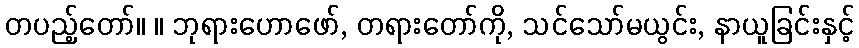
တပည့်တော်။ ။ ဘုရားဟောဖော်, တရားတော်ကို, သင်သော်မယွင်း, နာယူခြင်းနှင့်